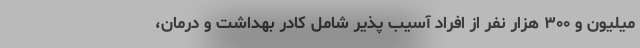
میلیون و ۳۰۰ هزار نفر از افراد آسیب پذیر شامل کادر بهداشت و درمان،